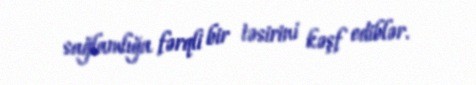
sağlamlığa fərqli bir təsirini kəşf ediblər.